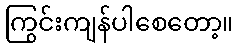
ကြွင်းကျန်ပါစေတော့။